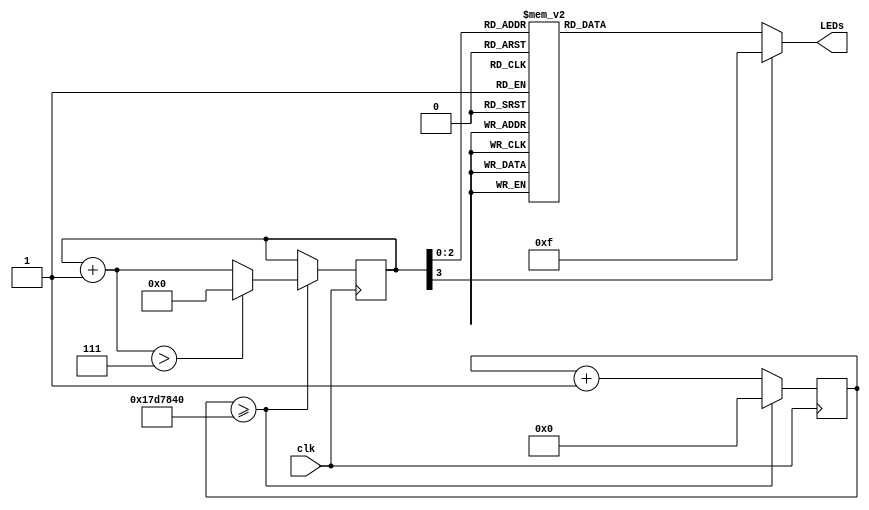
module led_shift(
            input clk,
				output reg [3:0]LEDs
				);
				
	reg [31:0] counter;
   reg [3:0]one_sec_count;	
	reg [3:0] value;
		
	always @(posedge clk)
		begin
		    		 
		    if (counter >= 25000000)
			   begin		        
				  one_sec_count = one_sec_count + 1'b1;
				  counter <= 0;				  
				  if (one_sec_count > 7)
				      one_sec_count = 0;
			   end
          else 
            begin
              counter <= counter + 1;	
				end  
		end
		
	always @(*)
	   begin 
		  case(one_sec_count)
		    0: LEDs = 4'b1110;
			 1: LEDs = 4'b1100;
			 2: LEDs = 4'b1000;
			 3: LEDs = 4'b0000;
			 4: LEDs = 4'b1000;
			 5: LEDs = 4'b1100;
			 6: LEDs = 4'b1110;
			 7: LEDs = 4'b1111;
			 default LEDs = 4'b1111;
			endcase
		end	
endmodule